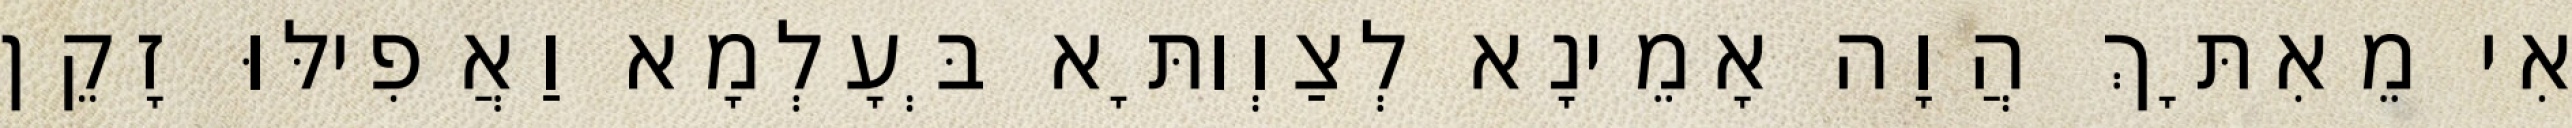
אִי מֵאִתָּךְ הֲוָה אָמֵינָא לְצַוְותָּא בְּעָלְמָא וַאֲפִילּוּ זָקֵן